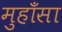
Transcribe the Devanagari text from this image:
मुहाँसा